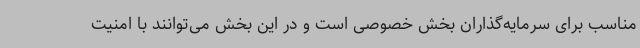
مناسب برای سرمایه‌گذاران بخش خصوصی است و در این بخش می‌توانند با امنیت